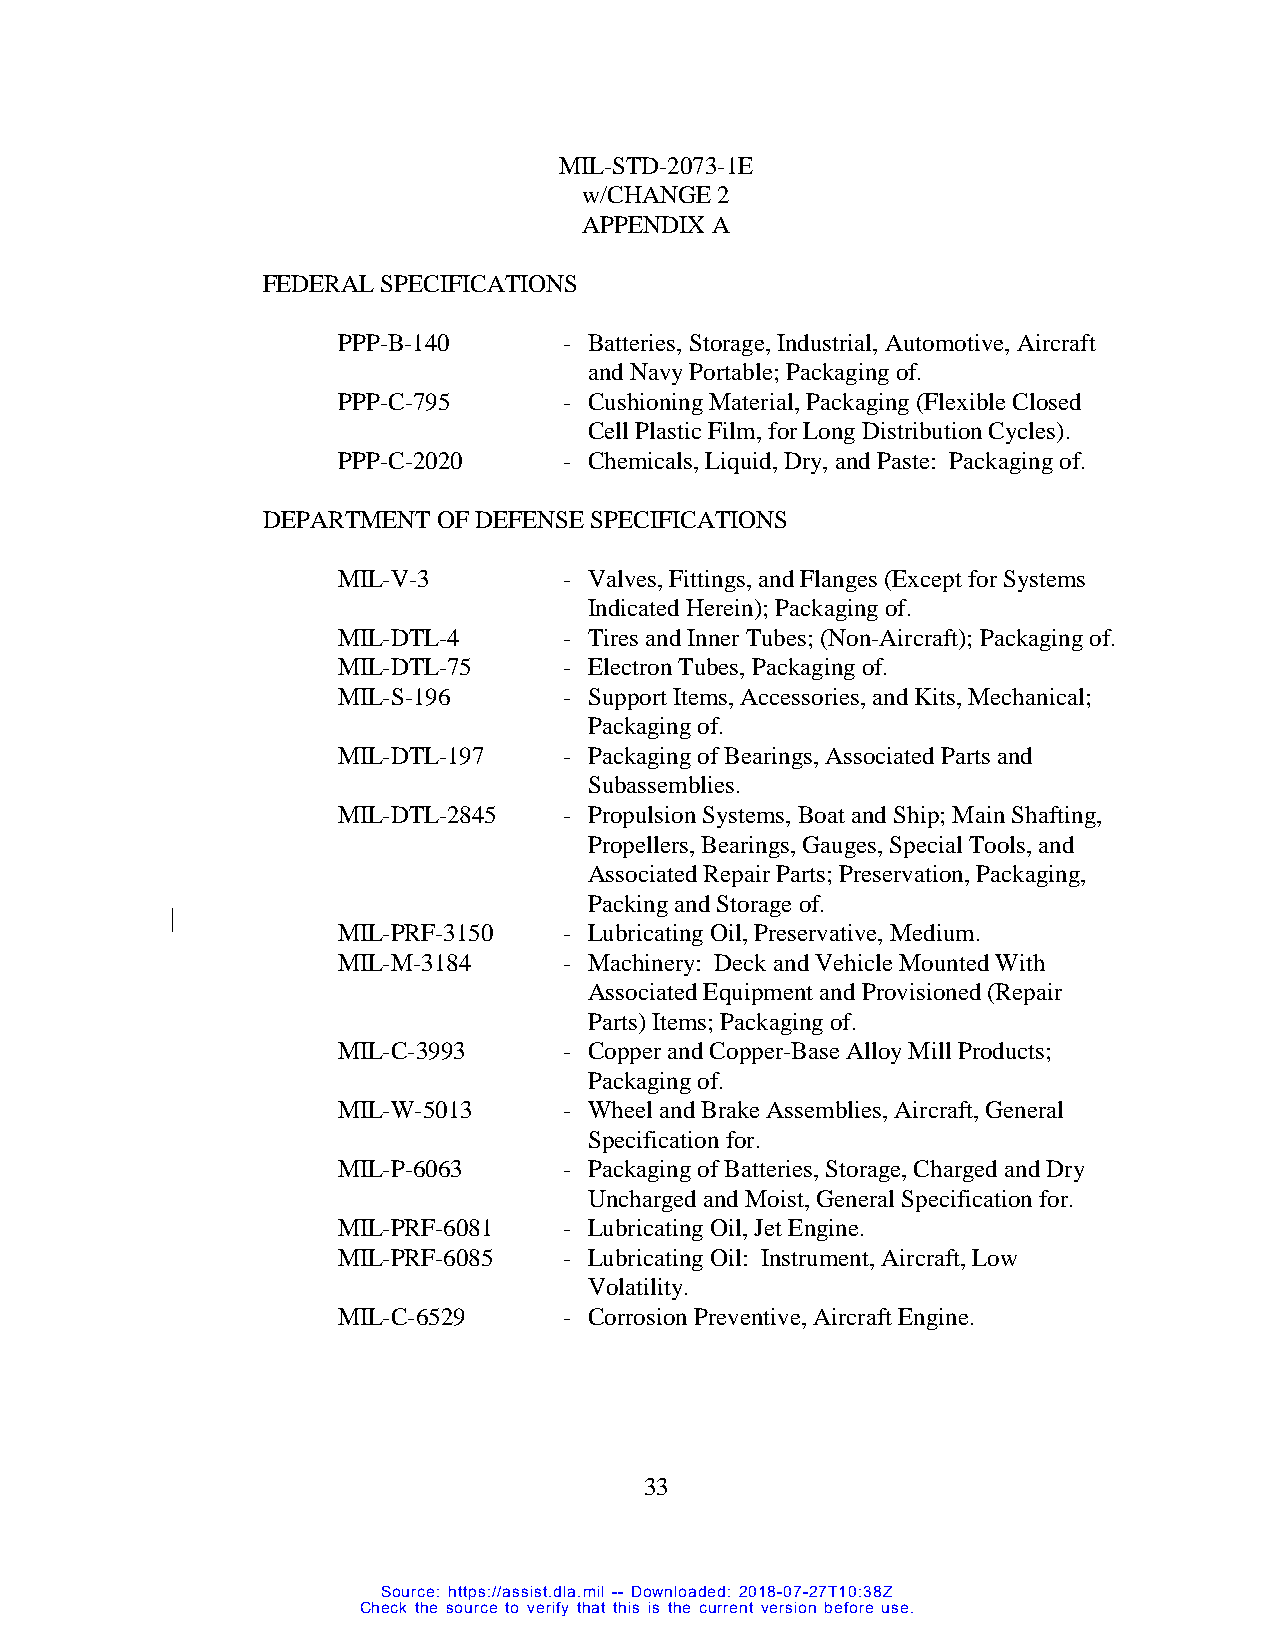
MIL-STD-2073-1E
 w/CHANGE 2
 APPENDIX A
 FEDERAL SPECIFICATIONS
 PPP-B-140      - Batteries, Storage, Industrial, Automotive, Aircraft
 and Navy Portable; Packaging of.
 PPP-C-795      - Cushioning Material, Packaging (Flexible Closed
 Cell Plastic Film, for Long Distribution Cycles).
 PPP-C-2020     - Chemicals, Liquid, Dry, and Paste: Packaging of.
 DEPARTMENT  OF DEFENSE SPECIFICATIONS
 MIL-V-3        - Valves, Fittings, and Flanges (Except for Systems
 Indicated Herein); Packaging of.
 MIL-DTL-4      - Tires and Inner Tubes; (Non-Aircraft); Packaging of.
 MIL-DTL-75     - Electron Tubes, Packaging of.
 MIL-S-196      - Support Items, Accessories, and Kits, Mechanical;
 Packaging of.
 MIL-DTL-197    - Packaging of Bearings, Associated Parts and
 Subassemblies.
 MIL-DTL-2845   - Propulsion Systems, Boat and Ship; Main Shafting,
 Propellers, Bearings, Gauges, Special Tools, and
 Associated Repair Parts; Preservation, Packaging,
 Packing and Storage of.
 MIL-PRF-3150   - Lubricating Oil, Preservative, Medium.
 MIL-M-3184     - Machinery: Deck and Vehicle Mounted With
 Associated Equipment and Provisioned (Repair
 Parts) Items; Packaging of.
 MIL-C-3993     - Copper and Copper-Base Alloy Mill Products;
 Packaging of.
 MIL-W-5013     - Wheel and Brake Assemblies, Aircraft, General
 Specification for.
 MIL-P-6063     - Packaging of Batteries, Storage, Charged and Dry
 Uncharged and Moist, General Specification for.
 MIL-PRF-6081   - Lubricating Oil, Jet Engine.
 MIL-PRF-6085   - Lubricating Oil: Instrument, Aircraft, Low
 Volatility.
 MIL-C-6529     - Corrosion Preventive, Aircraft Engine.
 33
 Source: https://assist.dla.mil -- Downloaded: 2018-07-27T10:38Z
 Check the source to verify that this is the current version before use.